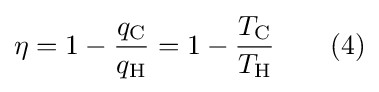
\eta =1-{\frac {q_{\text{C}}}{q_{\text{H}}}}=1-{\frac {T_{\text{C}}}{T_{\text{H}}}}\qquad (4)